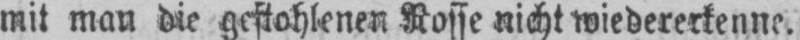
mit man die gestohlenen Rosse nicht wiedererkenne.